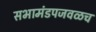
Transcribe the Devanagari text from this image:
सभामंडपजवळच